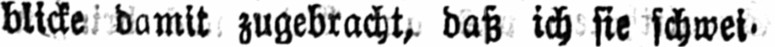
blicke damit zugebracht, daß ich sie schwei⸗